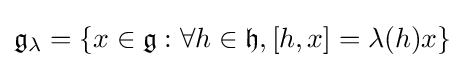
{\mathfrak {g}}_{\lambda }=\{x\in {\mathfrak {g}}:\forall h\in {\mathfrak {h}},[h,x]=\lambda (h)x\}